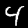
Label: 4